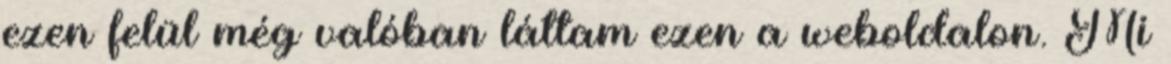
ezen felül még valóban láttam ezen a weboldalon. Mi